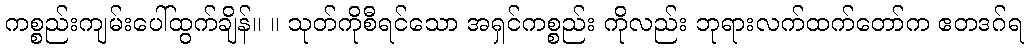
ကစ္စည်းကျမ်းပေါ်ထွက်ချိန်။ ။ သုတ်ကိုစီရင်သော အရှင်ကစ္စည်း ကိုလည်း ဘုရားလက်ထက်တော်က ဧတဒဂ်ရ